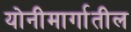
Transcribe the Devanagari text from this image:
योनीमार्गातील